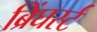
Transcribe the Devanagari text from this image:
ब्रिंघर्स्‍ट